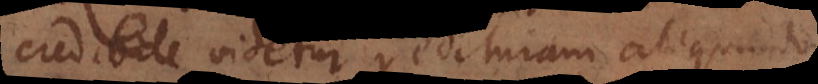
credibile videtur redituram aliquando